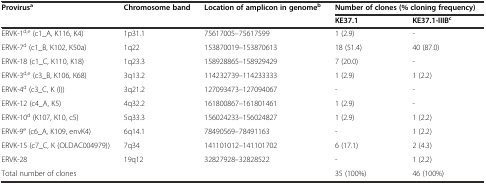
| Provirusa | Chromosome band | Location of amplicon in genomeb | <COLSPAN=2> Number of clones (% cloning frequency) |
 |  |  |  | KE37.1 | KE37.1-IIIBc |
 | --- | --- | --- | --- | --- |
 | ERVK-1d,e (c1_A, K116, K4) | 1p31.1 | 75617005–75617599 | 1 (2.9) | - |
 | ERVK-7d (c1_B, K102, K50a) | 1q22 | 153870019–153870613 | 18 (51.4) | 40 (87.0) |
 | ERVK-18 (c1_C, K110, K18) | 1q23.3 | 158928865–158929429 | 7 (20.0) | - |
 | ERVK-3d,e (c3_B, K106, K68) | 3q13.2 | 114232739–114233333 | 1 (2.9) | 1 (2.2) |
 | ERVK-4d (c3_C, K (I)) | 3q21.2 | 127093473–127094067 | - | - |
 | ERVK-12 (c4_A, K5) | 4q32.2 | 161800867–161801461 | 1 (2.9) | - |
 | ERVK-10d (K107, K10, c5) | 5q33.3 | 156024233–156024827 | 1 (2.9) | 1 (2.2) |
 | ERVK-9e (c6_A, K109, envK4) | 6q14.1 | 78490569–78491163 | - | 1 (2.2) |
 | ERVK-15 (c7_C, K (OLDAC004979)) | 7q34 | 141101012–141101702 | 6 (17.1) | 2 (4.3) |
 | ERVK-28 | 19q12 | 32827928–32828522 | - | 1 (2.2) |
 | <COLSPAN=3> Total number of clones | 35 (100%) | 46 (100%) |